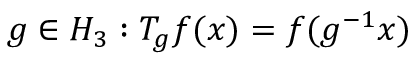
g \in H _ { 3 } : T _ { g } f ( x ) = f ( g ^ { - 1 } x )